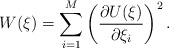
\begin{align*} W(\xi)=\sum_{i=1}^{M} \left(\frac{\partial U(\xi)}{\partial \xi_i}\right)^2.\end{align*}